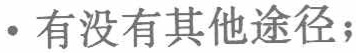
\cdot 有没有其他途径；